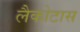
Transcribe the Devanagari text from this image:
लैकोटास